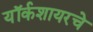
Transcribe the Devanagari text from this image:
यॉर्कशायरचे